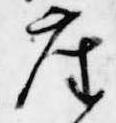
座